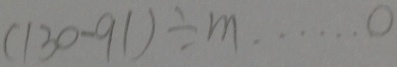
( 1 3 0 - 9 1 ) \div m \cdots 0